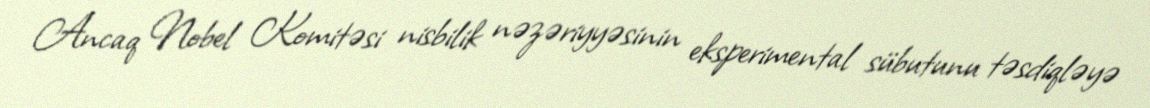
Ancaq Nobel Komitəsi nisbilik nəzəriyyəsinin eksperimental sübutunu təsdiqləyə